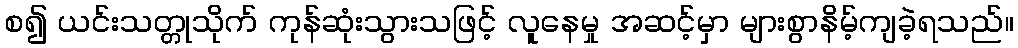
စ၍ ယင်းသတ္တုသိုက် ကုန်ဆုံးသွားသဖြင့် လူနေမှု အဆင့်မှာ များစွာနိမ့်ကျခဲ့ရသည်။